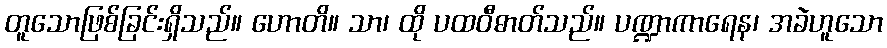
တူသောဖြစ်ခြင်းရှိသည်။ ဟောတိ။ သာ၊ ထို ပထဝီဓာတ်သည်။ ပဏ္ဍာကာရေန၊ အခဲဟူသော